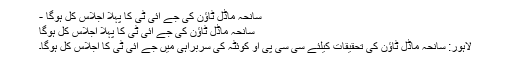
سانحہ ماڈل ٹاؤن کی جے آئی ٹی کا پہلا اجلاس کل ہوگا -
سانحہ ماڈل ٹاؤن کی جے آئی ٹی کا پہلا اجلاس کل ہوگا
لاہور: سانحہ ماڈل ٹاؤن کی تحقیقات کیلئے سی سی پی او کوئٹہ کی سربراہی میں جے آئی ٹی کا اجلاس کل ہوگا۔